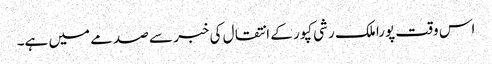
اس وقت پورا ملک رشی کپور کے انتقال کی خبر سے صدمے میں ہے۔